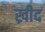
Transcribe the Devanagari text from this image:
ख्रीद